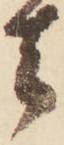
去